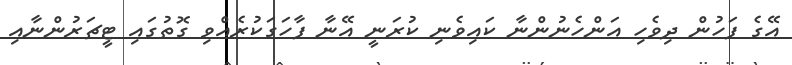
އޭގެ ފަހުން ދިވެހި އަންހެނުންނާ ކައިވެނި ކުރަނީ އޭނާ ފާހަގަކުރެއްވި ގޮތުގައި ޓީޗަރުންނާއި